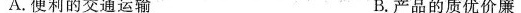
A.便利的交通运输 B.产品的质优价廉